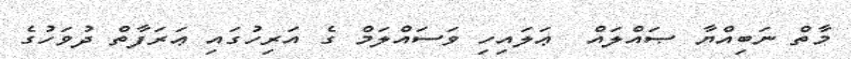
މާތް ނަބިއްޔާ ޞައްލައް  ޢަލައިހި ވަސައްލަމް ގެ އަރިހުގައި ޢަރަފާތް ދުވަހުގެ